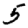
Digit: 5